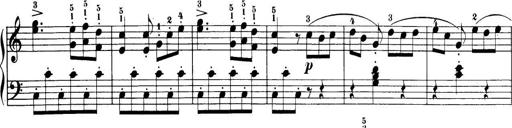
Title: 32 Sonatinas and Rondos for the Piano
Composer: Richard Kleinmichel